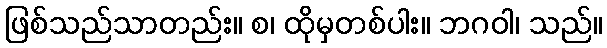
ဖြစ်သည်သာတည်း။ စ၊ ထိုမှတစ်ပါး။ ဘဂဝါ၊ သည်။